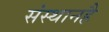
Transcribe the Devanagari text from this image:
संस्थानहै